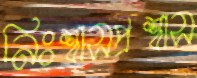
নিঃশ্বাসপ্রশ্বাস